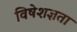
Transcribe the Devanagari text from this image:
विषेशज्ञता